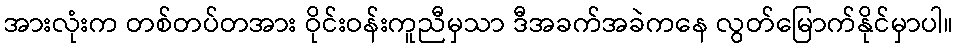
အားလုံးက တစ်တပ်တအား ဝိုင်းဝန်းကူညီမှသာ ဒီအခက်အခဲကနေ လွတ်မြောက်နိုင်မှာပါ။